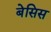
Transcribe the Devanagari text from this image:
बेसिस